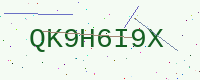
Text: QK9H6I9X